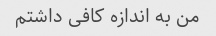
من به اندازه کافی داشتم